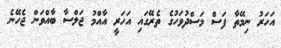
އަހަރު ނިމޭތާ ފަސް މަސްދުވަހުގެ ތެރޭގައި އަހަރީ އާއްމު ޖަލްސާ ބާއްވަން ޖެހޭނެ